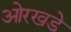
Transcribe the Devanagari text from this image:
ओरखडे